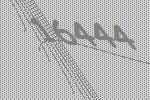
16444